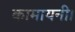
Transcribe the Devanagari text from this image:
कामायनी।